Lunatic asylums United Provinces 1899-1908 - 1899-1908
Year: 1899
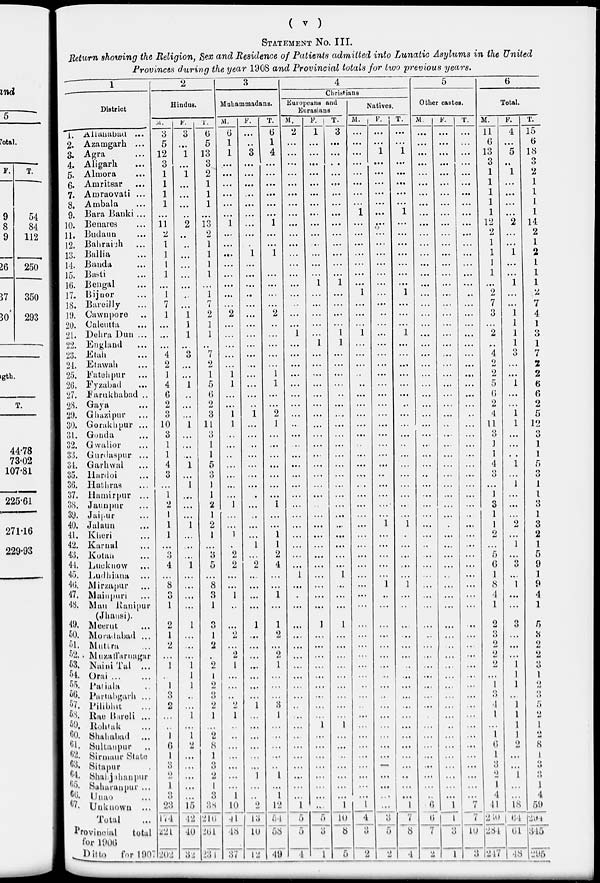
( v )
STATEMENT No. III.
Return showing the Religion, Sex and Residence of Patients admitted into Lunatic Asylums in the United
Provinces during the year 1908 and Provincial totals for two previous years.
1
District
1.
2.
3.
4.
5.
6.
7.
8.
9.
10.
11.
12.
13.
14.
15.
16.
17.
18.
19.
20.
21.
22.
23
24.
25.
26.
27.
28.
29.
30.
31.
32.
33.
34.
35.
36.
37.
38.
39.
40.
41.
42.
43.
44.
45.
46.
47.
48.
49.
50.
51.
52.
53.
54.
55.
56.
57.
58.
59.
60.
61.
62.
63.
64.
65.
66.
67.
Allahabad ...
Azamgarh ...
Agra ...
Aligarh ...
Almora ...
Amritsar ...
Amraovati ...
Ambala ...
Bara Banki ...
Benares ...
Budaun ...
Bahraich ...
Ballia ...
Banda ...
Basti ...
Bengal ...
Bijnor ...
Bareilly ...
Cawnpore ...
Calcutta ...
Dehra Dun ...
England ...
Etah ...
Etawah ...
Fatehpur ...
Fyzabad ...
Farukhabad ...
Gaya ...
Ghazipur ...
Gorakhpur ...
Gonda ...
Gwalior ...
Gurdaspur ...
Garhwal ...
Hardoi ...
Hathras ...
Hamirpur ...
Jaunpur ...
Jaipur ...
Jalaun ...
Kheri ...
Karnal ...
Kotan ...
Lucknow ...
Ludhiana ...
Mirzapur ...
Mainpuri ...
Man Ranipur
(Jhansi).
Meerut ...
Moradabad ...
Muttra ...
Muzaffarnagar
Naini Tal ...
Orai
...
...
Patiala ...
Partabgarh ...
Pilibhit ...
Rae Bareli ...
Rohtak ...
Shahabad ...
Sultanpur ...
Sirmaur State
Sitapur ...
Shajahanpur ...
Saharanpur ...
Unao ...
Unknown ...
Total ...
Provincial
total
for 1906
Ditto for 1907
2
Hindus.
M.
3
5
12
3
1
1
1
1
...
11
2
1
1
1
1
...
1
7
1
...
...
...
4
2
1
4
6
2
3
10
3
1
1
4
3
...
1
2
1
1
1
...
3
4
...
8
3
1
2
1
2
...
1
1
3
2
...
...
1
6
1
3
2
1
...
23
174
221
202
F.
3
...
1
...
1
...
...
...
...
2
...
...
...
...
...
...
...
...
1
1
1
...
3
...
...
1
...
...
...
1
...
...
...
1
...
1
...
...
...
1
...
...
...
1
...
...
...
...
1
...
...
...
1
1
1
...
...
1
...
1
2
...
...
...
...
...
15
42
40
32
T.
6
5
13
3
2
1
1
1
...
13
2
1
1
1
1
...
1
7
2
1
1
...
7
2
1
5
6
2
3
11
3
1
1
5
3
1
1
2
1
2
1
...
...
5
...
8
3
1
3
1
2
...
2
1
2
3
2
1
...
2
8
1
3
2
1
3
38
216
261
234
3
Muhammadans.
M.
6
1
1
...
...
...
...
...
...
1
...
...
...
...
...
...
...
...
2
...
...
...
...
...
1
1
...
...
1
1
...
...
...
...
...
...
...
1
...
...
1
...
2
2
...
...
1
...
...
2
...
2
1
...
...
...
2
1
...
...
...
...
...
...
...
1
10
41
48
37
F.
...
...
3
...
...
...
...
...
...
...
...
...
1
...
...
...
...
...
...
...
...
...
...
...
...
...
...
...
1
...
...
...
...
...
...
...
...
...
...
...
...
1
...
2
...
...
...
...
1
...
...
...
...
...
...
...
1
...
...
...
...
...
...
...
...
...
2
13
10
12
T.
6
1
4
...
...
...
...
...
...
1
...
...
1
...
...
...
...
...
2
...
...
...
...
...
1
1
...
...
2
1
...
...
...
...
...
...
...
1
...
...
1
1
2
4
...
...
1
...
1
2
...
2
1
...
...
...
3
1
...
..
...
...
...
1
...
1
12
54
58
49
4
Christians
Europeans and
Eurasians
M.
2
...
...
...
...
...
...
...
...
...
...
...
...
...
...
...
...
...
...
...
1
...
...
...
...
...
...
...
...
...
...
...
...
...
...
...
...
...
...
...
...
...
...
...
1
...
...
...
...
...
...
...
...
...
...
...
...
...
...
...
...
...
...
...
...
...
1
5
5
4
F.
1
...
...
...
...
...
...
...
...
...
...
...
...
...
...
1
...
...
...
...
...
1
...
...
...
...
...
...
...
...
...
...
...
...
...
...
...
...
...
...
...
...
...
...
...
...
...
...
1
...
...
...
...
...
...
...
...
...
1
...
...
...
...
...
...
...
...
5
3
1
T.
3
...
...
...
...
...
...
...
...
...
...
...
...
...
...
1
...
...
...
...
1
1
...
...
...
...
...
...
...
...
...
...
...
...
...
...
...
...
...
...
...
...
...
...
1
...
...
...
1
...
...
...
...
...
...
...
...
...
1
...
...
..
...
...
...
...
1
10
8
5
Natives.
M.
...
...
...
...
...
...
...
...
1
...
...
...
...
...
...
...
1
...
...
...
1
...
...
...
...
...
...
...
...
...
...
...
...
...
...
...
...
...
...
...
...
...
...
...
...
...
...
...
...
...
...
...
...
...
...
...
...
...
...
...
...
...
...
...
...
...
1
4
3
2
F.
...
...
1
...
...
...
...
...
...
...
...
...
...
...
...
...
...
...
...
...
...
...
...
...
...
...
...
...
...
...
...
...
...
...
...
...
...
...
...
1
...
...
...
...
...
1
...
...
...
...
...
...
...
...
...
...
...
...
...
...
...
...
...
...
...
...
...
3
5
2
T.
...
...
1
...
...
...
...
...
1
...
...
...
...
...
...
...
1
...
...
...
1
...
...
...
...
...
...
...
...
...
...
...
...
...
...
...
...
...
...
1
...
...
...
...
...
1
...
...
...
...
...
...
...
...
...
...
...
...
...
...
...
...
...
...
...
...
1
7
8
4
5
Other castes.
M.
...
...
...
...
...
...
...
...
...
...
...
...
...
...
...
...
...
...
...
...
...
...
...
...
...
...
...
...
...
...
...
...
...
...
...
...
...
...
...
...
...
...
...
...
...
...
...
...
...
...
...
...
...
...
...
...
...
...
...
...
...
...
...
...
...
...
6
6
7
2
F.
...
...
...
....
...
...
...
...
...
...
...
...
...
...
...
...
...
...
...
...
...
...
...
...
...
...
...
...
...
...
...
...
...
...
...
...
...
...
...
...
...
...
...
...
...
...
...
...
...
...
...
...
...
...
...
...
...
...
...
...
...
...
...
...
...
...
1
1
3
1
T.
...
...
...
...
...
...
...
...
...
...
...
...
...
...
...
...
...
...
...
...
...
...
...
...
...
...
...
...
...
...
...
...
...
...
...
...
...
...
...
...
...
...
...
...
...
...
...
...
...
...
...
...
...
...
...
...
...
...
...
...
...
...
...
...
...
...
7
7
10
3
6
Total.
M.
11
6
13
3
1
1
1
1
1
12
2
1
1
1
1
...
2
7
3
...
2
...
4
2
2
5
6
2
4
11
3
1
1
4
3
...
1
3
1
1
2
...
5
6
1
8
4
1
2
3
2
2
2
...
1
3
4
1
...
1
6
1
3
2
1
4
41
230
284
247
F.
4
...
5
...
1
...
...
...
...
2
...
...
1
...
...
1
...
...
1
1
1
1
3
...
...
1
...
...
1
1
...
...
...
1
...
1
...
...
...
2
...
1
...
3
...
1
...
...
3
...
...
...
1
1
1
...
1
1
1
1
2
...
...
1
...
...
18
64
61
48
T.
15
6
18
3
2
1
1
1
1
14
2
1
2
1
1
1
2
7
4
1
3
1
7
2
2
6
6
2
5
12
3
1
1
5
3
1
1
3
1
3
2
1
5
9
1
9
4
1
5
3
2
2
3
1
2
3
5
2
1
2
8
1
3
3
1
4
59
294
345
295